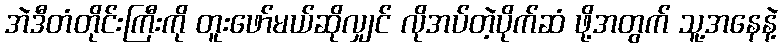
အဲဒီတံတိုင်းကြီးကို တူးဖော်မယ်ဆိုလျှင် လိုအပ်တဲ့ပိုက်ဆံ ဖို့အတွက် သူ့အနေနဲ့